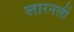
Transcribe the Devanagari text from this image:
लारनली